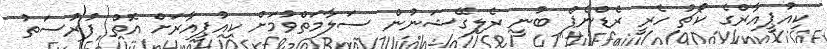
ކިއުޕީއާރްގެ ކޯޗު ހެރީ ރެޑްނެޕް ބުނީ ރެލިގޭޝަނުން ސަލާމަތްވުމަށް ކިއުޕީއާރަށް އޮތް ފުރުސަތު